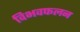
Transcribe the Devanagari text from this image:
विभवफलन